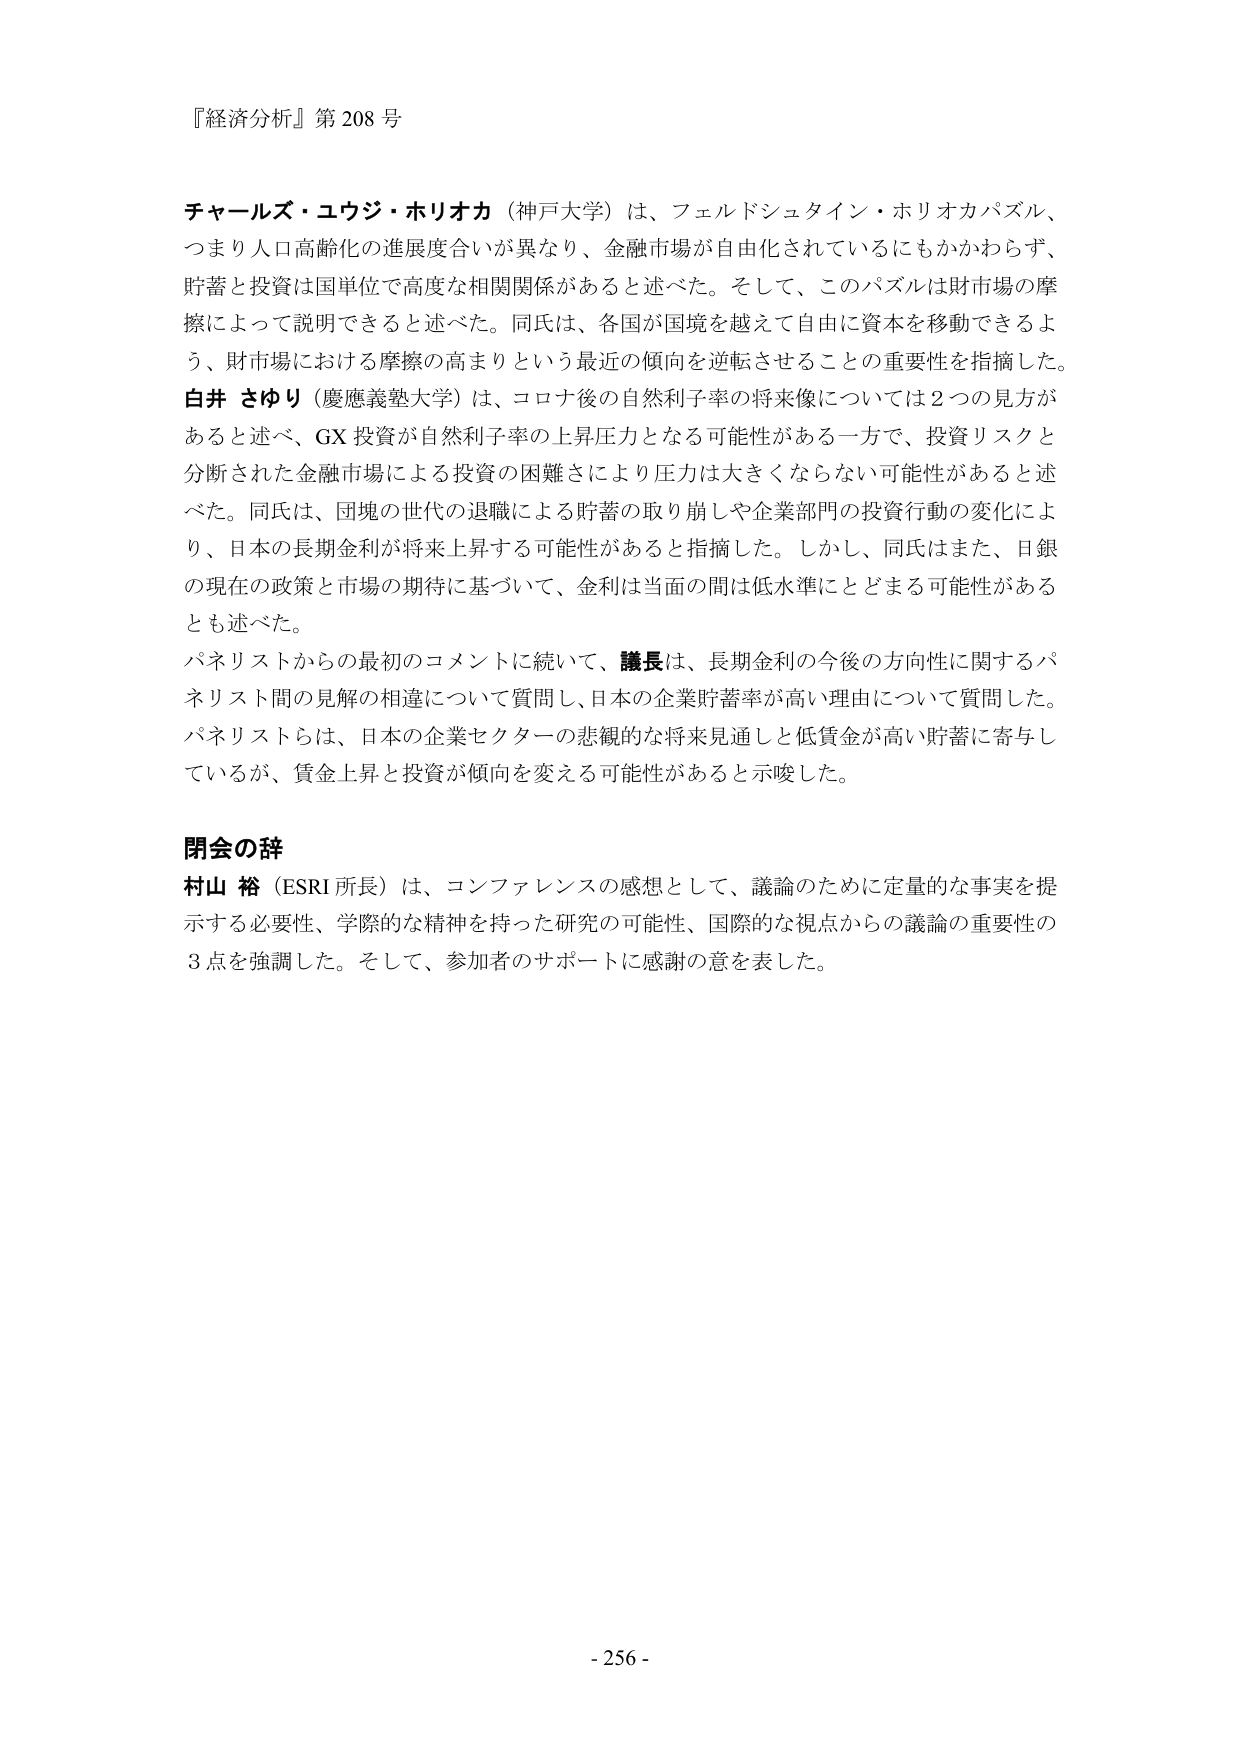
『経済分析』第 208 号

チャールズ・ユウジ・ホリオカ（神戸大学）は、フェルドシュタイン・ホリオカパズル、
つまり人口高齢化の進展度合いが異なり、金融市場が自由化されているにもかかわらず、
貯蓄と投資は国単位で高度な相関関係があると述べた。そして、このパズルは財市場の摩
擦によって説明できると述べた。同氏は、各国が国境を越えて自由に資本を移動できるよ
う、財市場における摩擦の高まりという最近の傾向を逆転させることの重要性を指摘した。
白井 さゆり（慶應義塾大学）は、コロナ後の自然利子率の将来像については２つの見方が
あると述べ、GX 投資が自然利子率の上昇圧力となる可能性がある一方で、投資リスクと
分断された金融市場による投資の困難さにより圧力は大きくならない可能性があると述
べた。同氏は、団塊の世代の退職による貯蓄の取り崩しや企業部門の投資行動の変化によ
り、日本の長期金利が将来上昇する可能性があると指摘した。しかし、同氏はまた、日銀
の現在の政策と市場の期待に基づいて、金利は当面の間は低水準にとどまる可能性がある
とも述べた。
パネリストからの最初のコメントに続いて、議長は、長期金利の今後の方向性に関するパ
ネリスト間の見解の相違について質問し、日本の企業貯蓄率が高い理由について質問した。
パネリストらは、日本の企業セクターの悲観的な将来見通しと低賃金が高い貯蓄に寄与し
ているが、賃金上昇と投資が傾向を変える可能性があると示唆した。

閉会の辞
村山 裕（ESRI 所長）は、コンファレンスの感想として、議論のために定量的な事実を提
示する必要性、学際的な精神を持った研究の可能性、国際的な視点からの議論の重要性の
3 点を強調した。そして、参加者のサポートに感謝の意を表した。

- 256 -